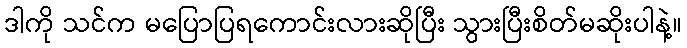
ဒါကို သင်က မပြောပြရကောင်းလားဆိုပြီး သွားပြီးစိတ်မဆိုးပါနဲ့။